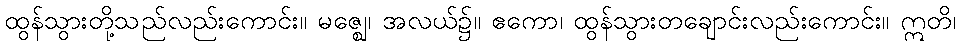
ထွန်သွားတို့သည်လည်းကောင်း။ မဇ္ဈေ၊ အလယ်၌။ ဧကော၊ ထွန်သွားတချောင်းလည်းကောင်း။ ဣတိ၊